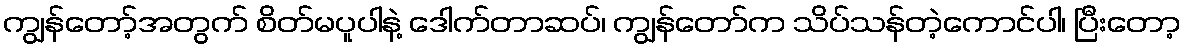
ကျွန်တော့်အတွက် စိတ်မပူပါနဲ့ ဒေါက်တာဆပ်၊ ကျွန်တော်က သိပ်သန်တဲ့ကောင်ပါ၊ ပြီးတော့